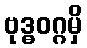
ဗုဒ္ဓဝဂ္ဂမှိ